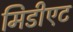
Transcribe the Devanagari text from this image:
मिडीएट